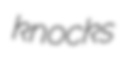
knocks